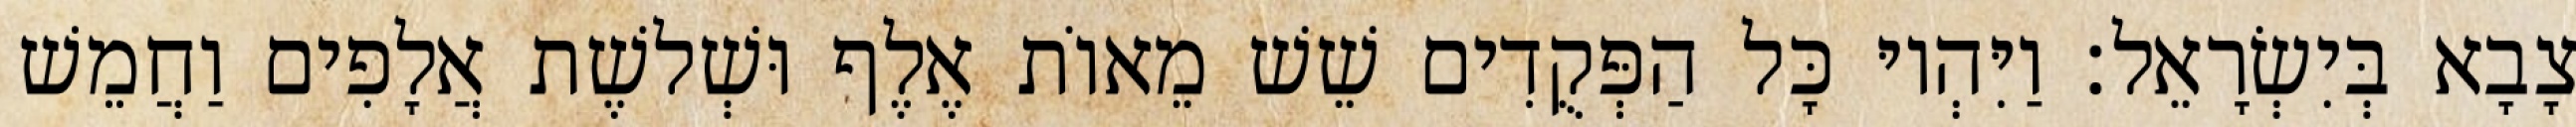
צָבָא בְּיִשְׂרָאֵל׃ וַיִּהְיוּ כָּל הַפְּקֻדִים שֵׁשׁ מֵאוֹת אֶלֶף וּשְׁלשֶׁת אֲלָפִים וַחֲמֵשׁ